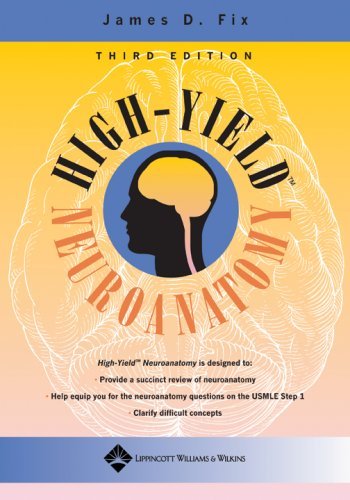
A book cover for By James D. Fix: High-Yield Neuroanatomy (High-Yield Series) Third (3rd) Edition; -Author-; Medical Books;